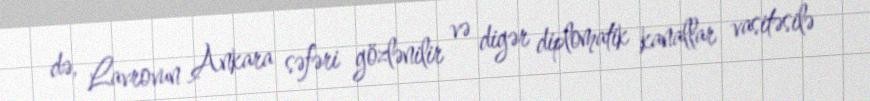
də, Lavrovun Ankara səfəri gözlənilir və digər diplomatik kanallar vasitəsilə